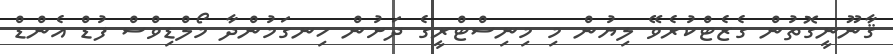
ޤާނޫނީގޮތުން ގެޒެޓްކުރެވޭ ލިޔުން މި މިނިސްޓްރީގެ ދަށުން ހިނގަމުންދާ މޯލްޑިވްސް ފުޑް އެންޑް